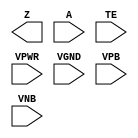
module sky130_fd_sc_hvl__einvp (
    Z   ,
    A   ,
    TE  ,
    VPWR,
    VGND,
    VPB ,
    VNB
);

    output Z   ;
    input  A   ;
    input  TE  ;
    input  VPWR;
    input  VGND;
    input  VPB ;
    input  VNB ;
endmodule